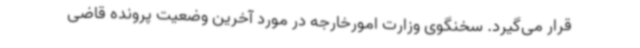
قرار می‌گیرد. سخنگوی وزارت امورخارجه در مورد آخرین وضعیت پرونده قاضی